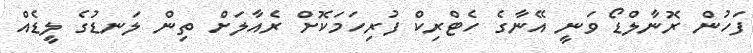
ފަހުން ރޮނާލްޑޯ ވަނީ އޭނާގެ ހެޓްރިކް ފުރިހަމަކޮށް ރެއާލަށް ތިން ލަނޑުގެ ލީޑެއް